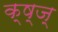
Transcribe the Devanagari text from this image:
क्ष्ज्